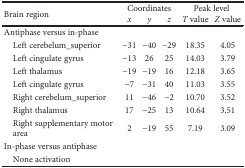
| <ROWSPAN=2> Brain region | <COLSPAN=3> Coordinates | <COLSPAN=2> Peak level |
 | x | y | z | T value | Z value |
 | --- | --- | --- | --- | --- | --- |
 | <COLSPAN=6> Antiphase versus in-phase |
 | Left cerebelum_superior | −31 | −40 | −29 | 18.35 | 4.05 |
 | Left cingulate gyrus | −13 | 26 | 25 | 14.03 | 3.79 |
 | Left thalamus | −19 | −19 | 16 | 12.18 | 3.65 |
 | Left cingulate gyrus | −7 | −31 | 40 | 11.03 | 3.55 |
 | Right cerebelum_superior | 11 | −46 | −2 | 10.70 | 3.52 |
 | Right thalamus | 17 | −25 | 13 | 10.64 | 3.51 |
 | Right supplementary motor area | 2 | −19 | 55 | 7.19 | 3.09 |
 | <COLSPAN=6> In-phase versus antiphase |
 | None activation |  |  |  |  |  |